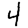
Digit: 4